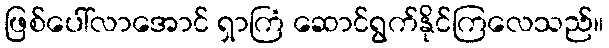
ဖြစ်ပေါ်လာအောင် ရှာကြံ ဆောင်ရွက်နိုင်ကြလေသည်။